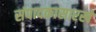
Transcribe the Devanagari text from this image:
संपादकासारखे